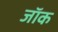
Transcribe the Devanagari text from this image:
जाॅक